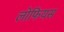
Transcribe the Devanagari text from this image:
लोफियस